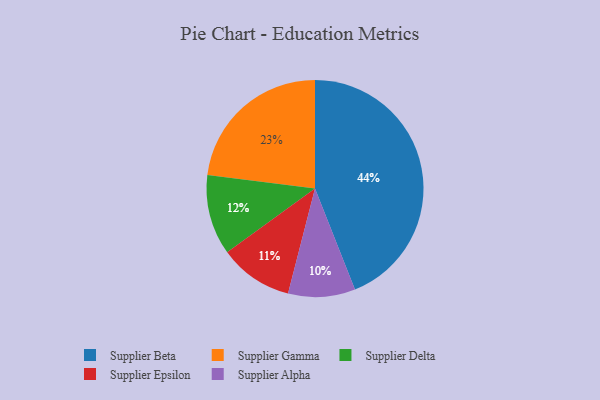
{"axis": {"x": "Category", "y": "Percentage"}, "legend": ["Supplier Alpha", "Supplier Beta", "Supplier Delta", "Supplier Epsilon", "Supplier Gamma"], "data": [{"x": "Supplier Gamma", "y": 23, "type": "Supplier Gamma"}, {"x": "Supplier Epsilon", "y": 11, "type": "Supplier Epsilon"}, {"x": "Supplier Delta", "y": 12, "type": "Supplier Delta"}, {"x": "Supplier Alpha", "y": 10, "type": "Supplier Alpha"}, {"x": "Supplier Beta", "y": 44, "type": "Supplier Beta"}]}